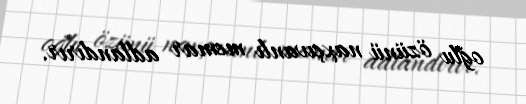
oğlu özünü naxçıvanlı memar adlandırır.